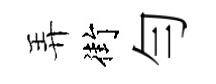
弄街勻